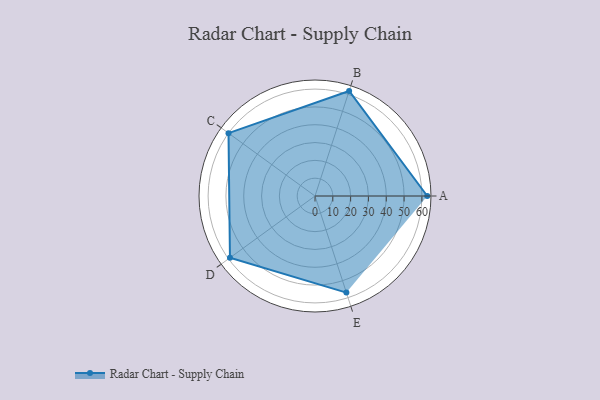
{"axis": {"x": "Skill", "y": "Score"}, "legend": ["Profile"], "data": [{"x": "A", "y": 63.0, "type": "Profile"}, {"x": "B", "y": 62.0, "type": "Profile"}, {"x": "C", "y": 60.0, "type": "Profile"}, {"x": "D", "y": 59.0, "type": "Profile"}, {"x": "E", "y": 57.0, "type": "Profile"}]}